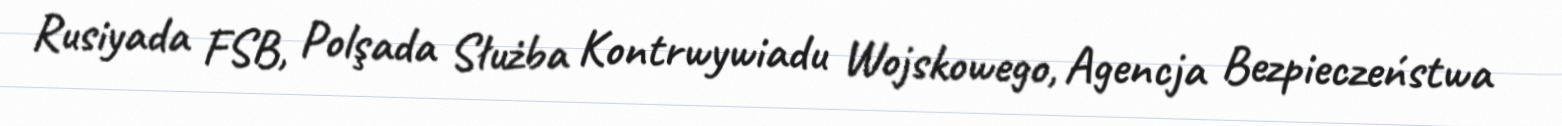
Rusiyada FSB, Polşada Służba Kontrwywiadu Wojskowego, Agencja Bezpieczeństwa